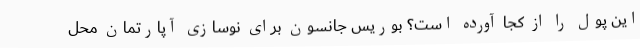
این پول را از کجا آورده است؟ بوریس جانسون برای نوسازی آپارتمان محل